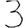
Digit: 3